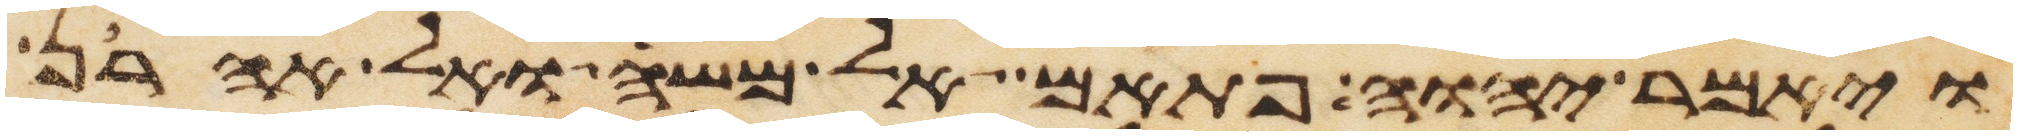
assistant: ויאמר יהוה פתאם אל משה ואל אהרן